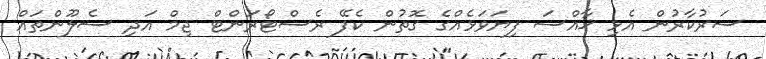
ސަރުކާރުން އެޅި ޚާއްސަ ފިޔަވަޅެއްގެ ގޮތުން ކެފޭ ރެސްޓޯރަންޓް ޖިމް އަދި ސެލޫންތައް